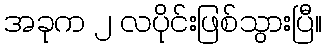
အခုက ၂ လပိုင်းဖြစ်သွားပြီ။